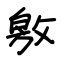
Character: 敫